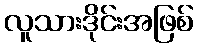
လူသားဒိုင်းအဖြစ်